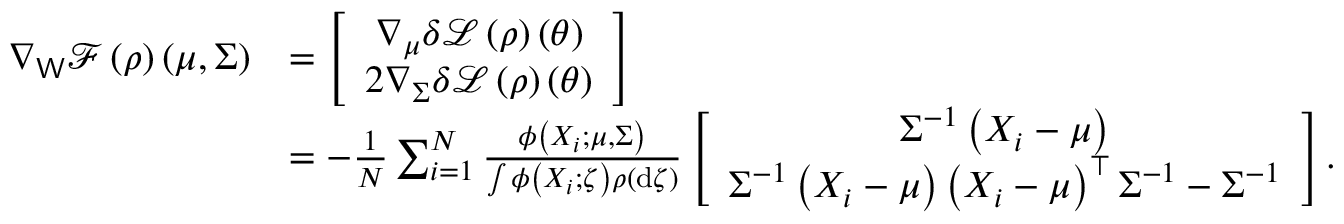
\begin{array} { r l } { \nabla _ { \mathsf { W } } \mathcal { F } \left( \rho \right) \left( \mu , \Sigma \right) } & { = \left[ \begin{array} { c } { \nabla _ { \mu } \delta \mathcal { L } \left( \rho \right) \left( \theta \right) } \\ { 2 \nabla _ { \Sigma } \delta \mathcal { L } \left( \rho \right) \left( \theta \right) } \end{array} \right] } \\ & { = - \frac { 1 } { N } \sum _ { i = 1 } ^ { N } \frac { \phi \left( X _ { i } ; \mu , \Sigma \right) } { \int \phi \left( X _ { i } ; \zeta \right) \rho \left( \mathrm { d } \zeta \right) } \left[ \begin{array} { c } { \Sigma ^ { - 1 } \left( X _ { i } - \mu \right) } \\ { \Sigma ^ { - 1 } \left( X _ { i } - \mu \right) \left( X _ { i } - \mu \right) ^ { \top } \Sigma ^ { - 1 } - \Sigma ^ { - 1 } } \end{array} \right] . } \end{array}